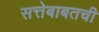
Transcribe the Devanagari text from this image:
सत्तेबाबतची